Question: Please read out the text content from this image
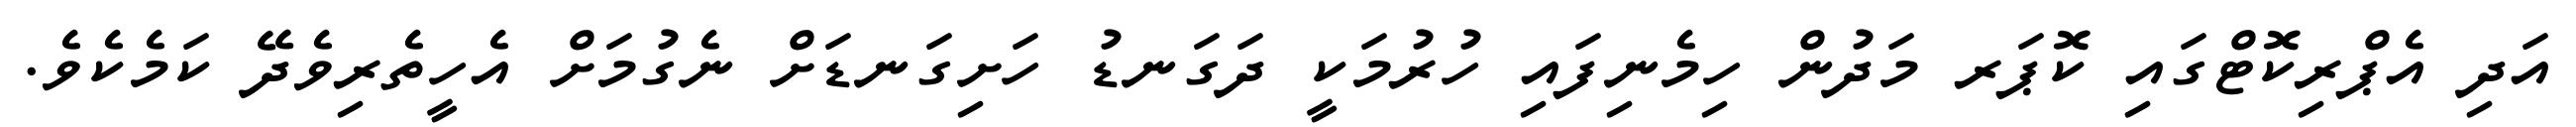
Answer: އަދި އެޕްރިކޮޓްގައި ކޮޕަރ މަދުން ހިމެނިފައި ހުރުމަކީ ދަގަނޑު ހަށިގަނޑަށް ނެގުމަށް އެހީތެރިވެދޭ ކަމެކެވެ.